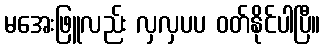
မအေးဖြူလည်း လှလှပပ ဝတ်နိုင်ပါပြီ။